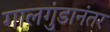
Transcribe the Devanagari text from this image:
गालगुंडानंतर